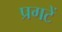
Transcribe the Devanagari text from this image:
प्रगटें